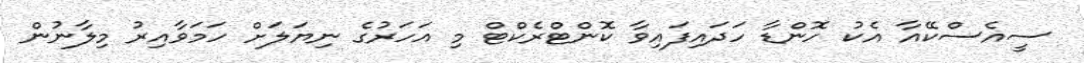
ސީއެސްކޭއާ އެކު ހޮންޑާ ހަދައިފައިވާ ކޮންޓްރެކްޓް މި އަހަރުގެ ނިޔަލަށް ހަމަވާއިރު މިލާނުން